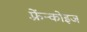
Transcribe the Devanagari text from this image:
फ़्रेंन्कोइज